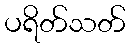
ပရိတ်သတ်